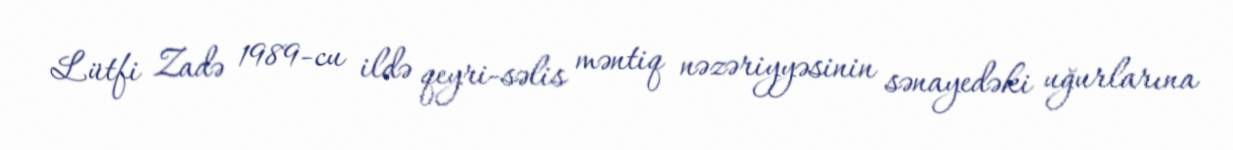
Lütfi Zadə 1989-cu ildə qeyri-səlis məntiq nəzəriyyəsinin sənayedəki uğurlarına